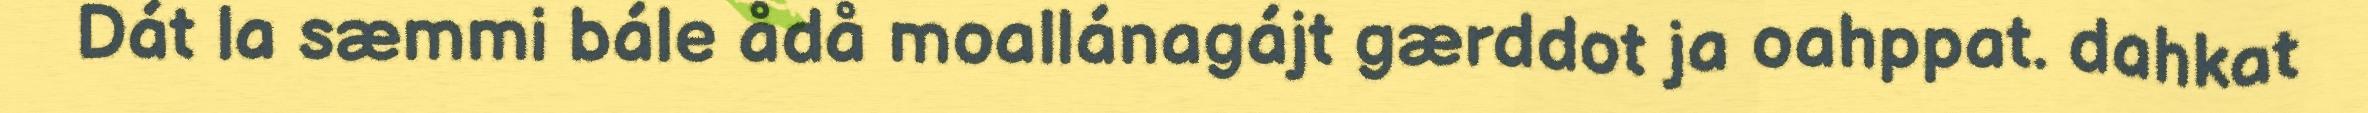
Dát la sæmmi bále ådå moallánagájt gærddot ja oahppat. dahkat